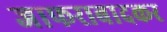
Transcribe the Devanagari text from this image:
जाफराबादकर